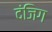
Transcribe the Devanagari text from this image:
दंजिग